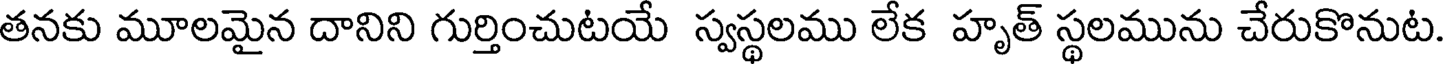
తనకు మూలమైన దానిని గుర్తించుటయే స్వస్థలము లేక హృత్ స్థలమును చేరుకొనుట